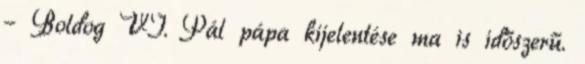
– Boldog VI. Pál pápa kijelentése ma is időszerű.